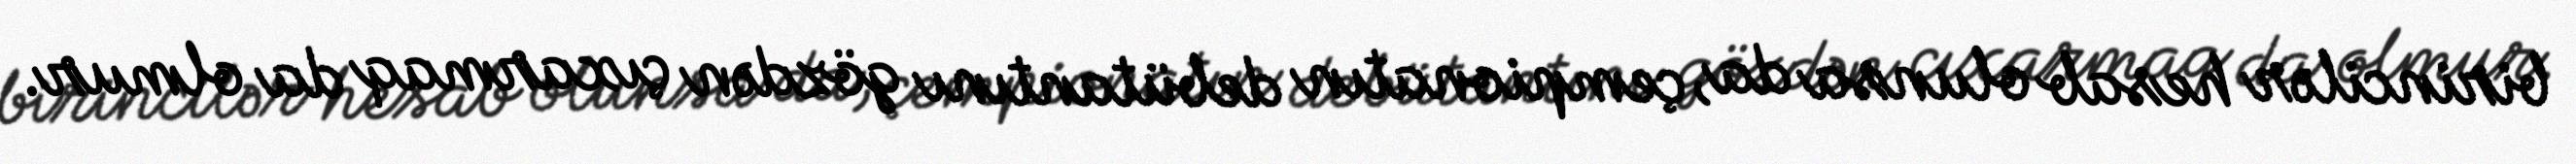
birincilər hesab olunsa da, çempionatın debütantını gözdən çıxarmaq da olmur.